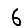
Digit: 6